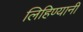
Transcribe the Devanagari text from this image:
लिहिण्यानी